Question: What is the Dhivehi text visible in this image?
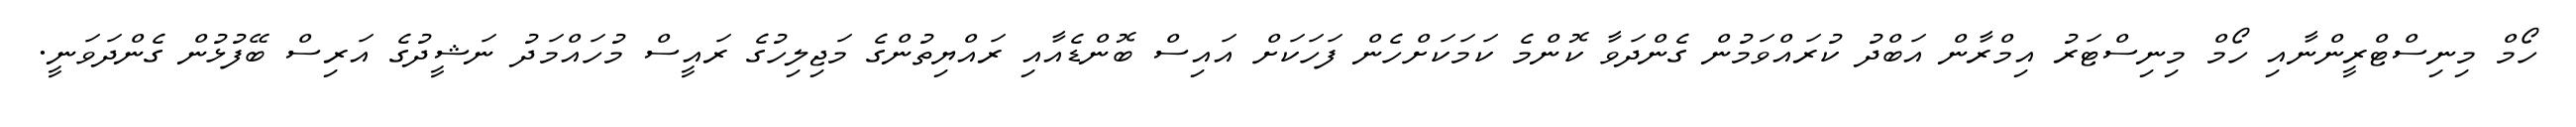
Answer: ހޯމް މިނިސްޓްރީންނާއި ހޯމް މިނިސްޓަރު އިމްރާން އަބްދު ކުރައްވަމުން ގެންދަވާ ކޮންމެ ކަމަކަށްހެން ފަހަކަށް އައިސް ބޮންޑެއާއި ރައްޔިތުންގެ މަޖިލިހުގެ ރައީސް މުހައްމަދު ނަޝީދުގެ އަރިސް ބޭފުޅުން ގެންދަވަނީ.